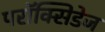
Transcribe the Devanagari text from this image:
परॉक्सिडेज